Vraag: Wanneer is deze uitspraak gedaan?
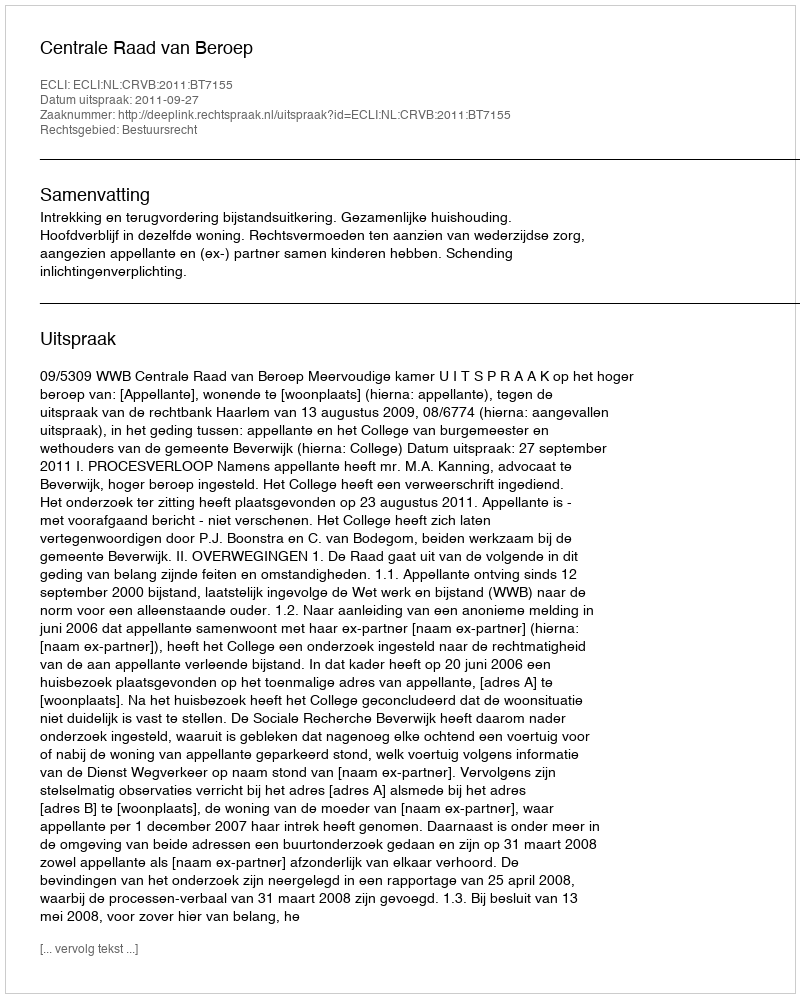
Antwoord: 2011-09-27